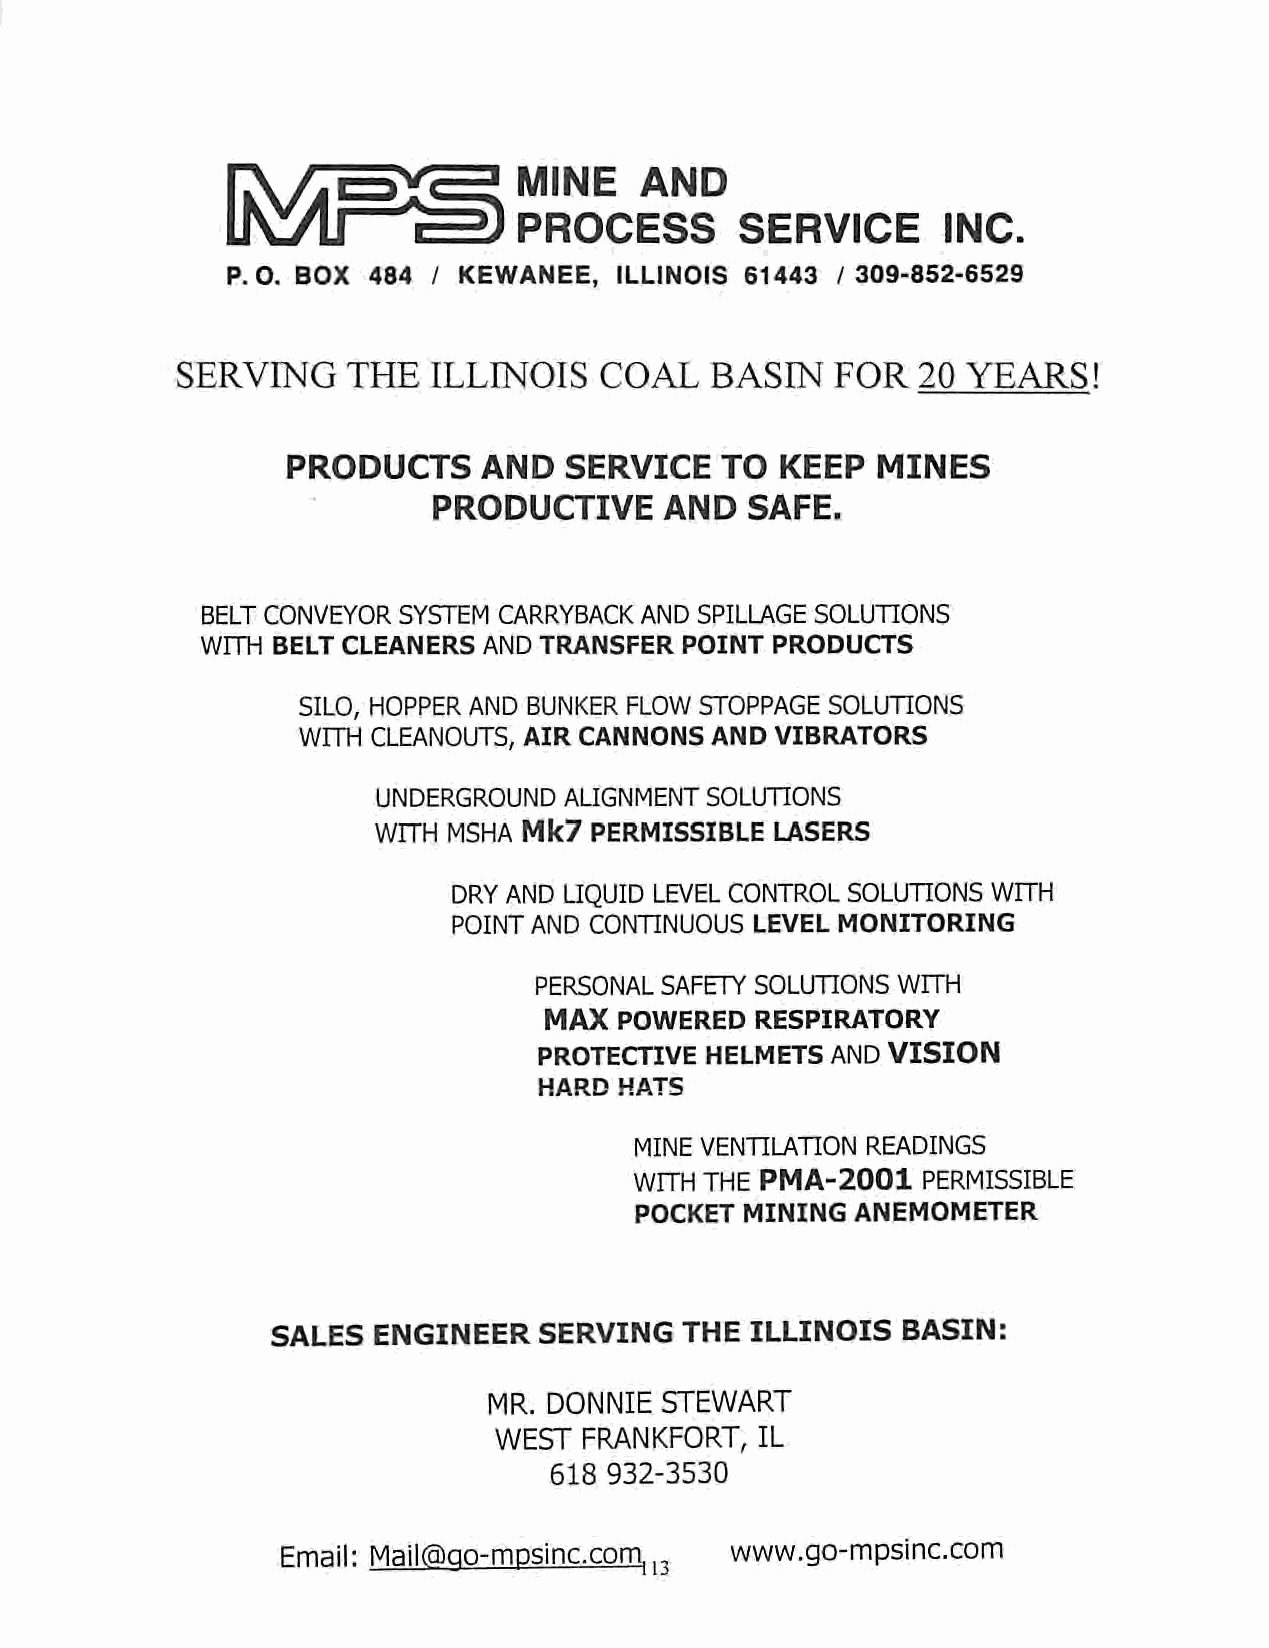
MINE    AND
 PROCESS        SERVICE       INC.
 P.O. BOX 484  / KEWANEE,  ILLINOIS 61443 / 309-852-6529
 SERVING    THE   ILLINOIS   COAL   BASIN   FOR   20 YEARS!
 PRODUCTS     AND  SERVICE    TO  KEEP  MINES
 PRODUCTIVE     AND   SAFE.
 BELT CONVEYOR SYSTEM CARRYBACK AND SPILLAGE SOLUTIONS
 WITH BELT CLEANERS AND TRANSFER POINT PRODUCTS
 SILO, HOPPER AND BUNKER FLOW STOPPAGE SOLUTIONS
 WITH CLEANOUTS, AIR CANNONS AND VIBRATORS
 UNDERGROUND ALIGNMENT SOLUTIONS
 WITH MSHA Mk7 PERMISSIBLE LASERS
 DRY AND LIQUID LEVEL CONTROL SOLUTIONSWITH
 POINT AND CONTINUOUS LEVEL MONITORING
 PERSONAL SAFETY SOLUTIONS WITH
 MAX  POWERED  RESPIRATORY
 PROTECTIVE HELMETS ANDVISION
 HARD HATS
 MINE VENTILATION READINGS
 WITH THE PMA-2001  PERMISSIBLE
 POCKET MINING  ANEMOMETER
 SALES  ENGINEER   SERVING  THE  ILLINOIS  BASIN:
 MR. DONNIE  STEWART
 WEST  FRANKFORT, IL
 618 932-3530
 Email: Mail(5)ao-mDsinc.comli: www.go-mpsinc.com